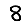
Digit: 8